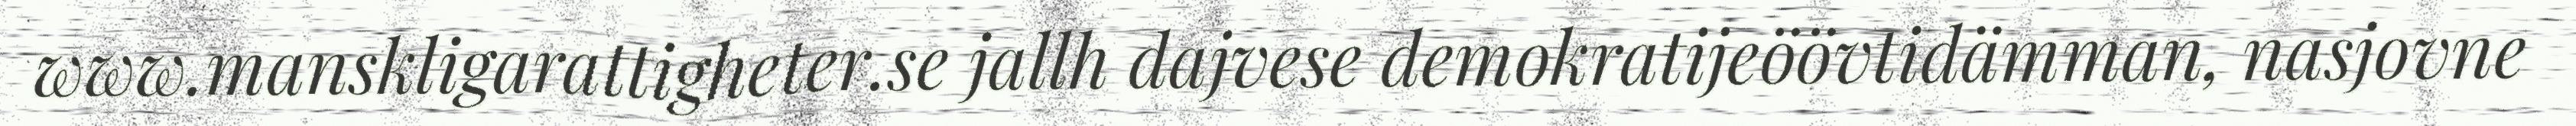
www.manskligarattigheter.se jallh dajvese demokratijeöövtidämman, nasjovne